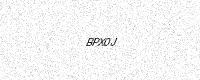
Text: BPX0J